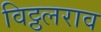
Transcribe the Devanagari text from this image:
विट्ठलराव